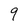
Character: 9